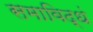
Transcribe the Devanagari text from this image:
समाविद्धं